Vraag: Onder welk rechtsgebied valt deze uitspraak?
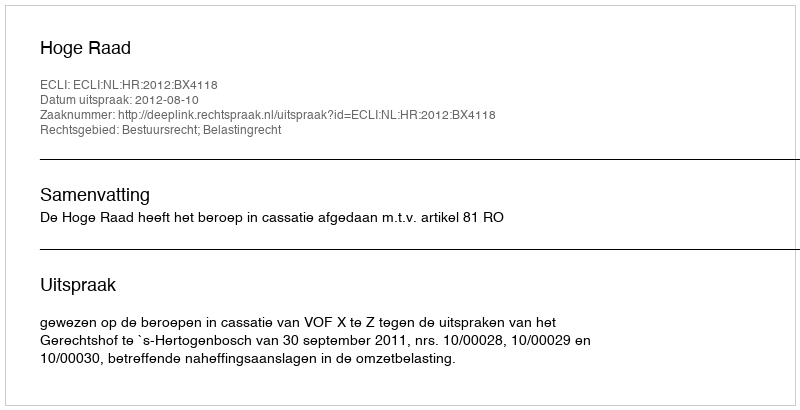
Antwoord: Bestuursrecht; Belastingrecht